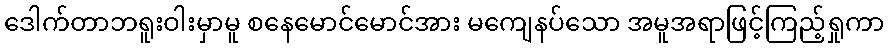
ဒေါက်တာဘရူးဝါးမှာမူ စနေမောင်မောင်အား မကျေနပ်သော အမူအရာဖြင့်ကြည့်ရှုကာ